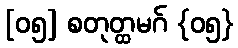
[၀၅] စတုတ္ထမဂ် {၀၅}